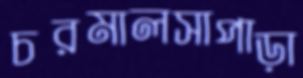
চরমালসাপাড়া